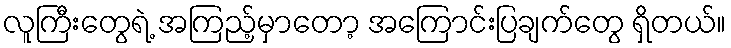
လူကြီးတွေရဲ့ အကြည့်မှာတော့ အကြောင်းပြချက်တွေ ရှိတယ်။